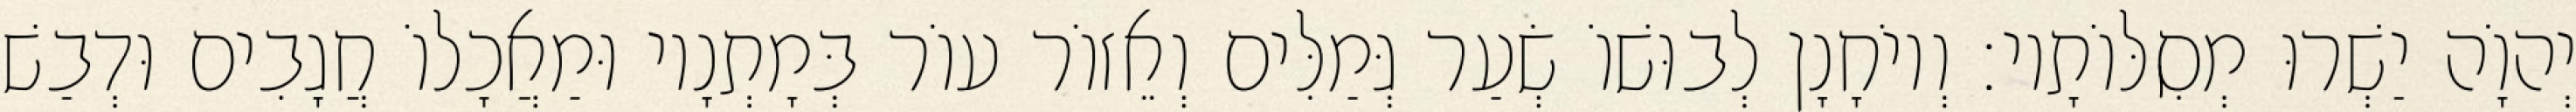
יְהוָֹה יַשְׁרוּ מְסִלּוֹתָיו׃ וְיוֹחָנָן לְבוּשׁוֹ שְׂעַר גְּמַלִּים וְאֵזוֹר עוֹר בְּמָתְנָיו וּמַאֲכָלוֹ חֲגָבִים וּדְבַשׁ